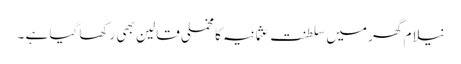
نیلام گھر میں سلطنت عثمانیہ کا مخملی قالین بھی رکھا گیا ہے ۔